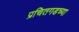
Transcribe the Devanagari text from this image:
प्रचितगडच्या